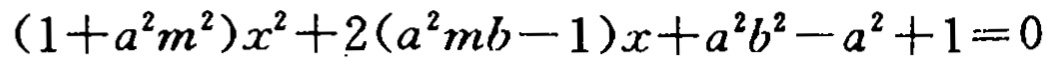
\((1 + a^{2}m^{2})x^{2}+2(a^{2}mb - 1)x + a^{2}b^{2}-a^{2}+1 = 0\)